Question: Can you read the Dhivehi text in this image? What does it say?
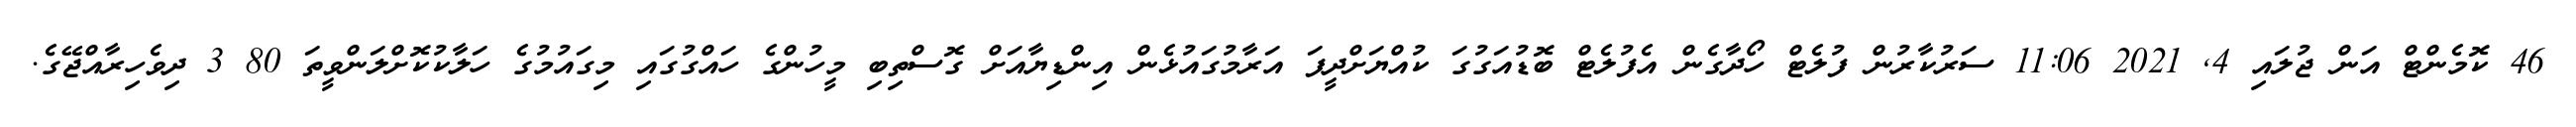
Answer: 46 ކޮމެންޓް އަން ޖުލައި 4, 2021 11:06 ސަރުކާރުން ފުލެޓް ހޯދާގެން އެފުލެޓް ބޮޑުއަގުގަ ކުއްޔަށްދީފަ އަރާމުގައުޅެން އިންޑިޔާއަށް ގޮސްތިބި މީހުންގެ ހައްގުގައި މިގައުމުގެ ހަލާކުކޮށްލަންވީތަ 80 3 ދިވެހިރާއްޖޭގެ.